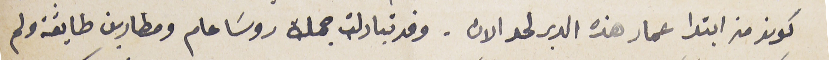
كونو من ابتدا عمار هذه الدير لحد الان. وقد تبادلت جملة روسَا عام ومطارين طايفة ولم